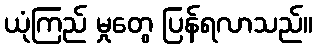
ယုံကြည် မှုတွေ ပြန်ရလာသည်။